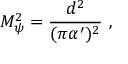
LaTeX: M _ { \psi } ^ { 2 } = { \frac { d ^ { 2 } } { ( \pi \alpha ^ { \prime } ) ^ { 2 } } } \ ,